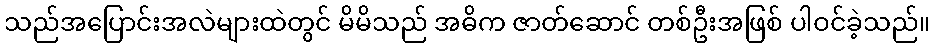
သည်အပြောင်းအလဲများထဲတွင် မိမိသည် အဓိက ဇာတ်ဆောင် တစ်ဦးအဖြစ် ပါဝင်ခဲ့သည်။